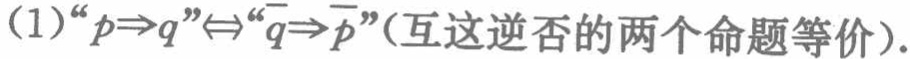
(1)“$p\Rightarrow q$”$\Leftrightarrow$“$\overline{q}\Rightarrow\overline{p}$”(互这逆否的两个命题等价).